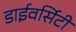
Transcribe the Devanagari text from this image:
डाईवर्सिटी